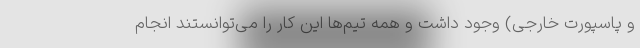
و پاسپورت خارجی) وجود داشت و همه تیم‌ها این کار را می‌توانستند انجام